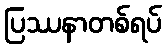
ပြဿနာတစ်ရပ်